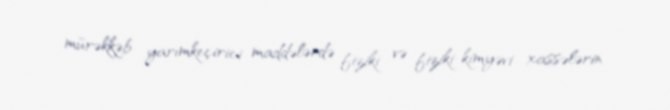
mürəkkəb yarımkeçirici maddələrdə fiziki və fiziki-kimyəvi xassələrin